Plague in India, 1896, 1897 - Volume 2
Year: 1896
Disease focus: Plague
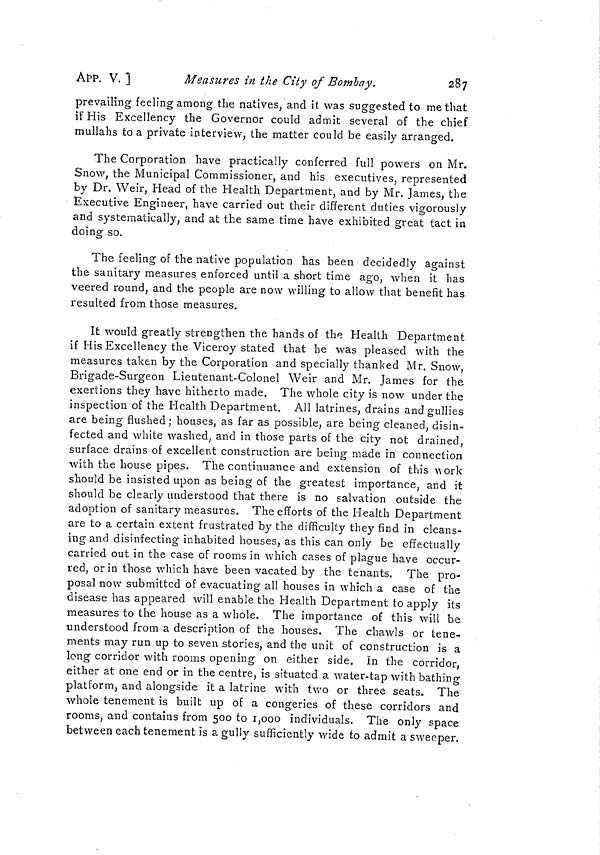
AfP. V. ]
Measures in the City of Bombay.
287
prevailing feeling among the natives, and it was suggested to me that
if His Excellency the Governor could admit several of the chief
mullahs toa private interview, the matter could be easily arranged.
The Corporation have practically conferred full powers on Mr.
Snow, the Municipal Commissioner, and his executives, represented
by Dr. Weir, Head of the Health Department, and by Mr. James, the
Executive Engineer, have carried out their different duties vigorously
and systematically, and at the same time have exhibited great tact in
doing so.
The feeling of the native population has been decidedly against
the sanitary measures enforced until a short time ago, when it has
veered round, and the people are now willing to allow that benefit has
resulted from those measures.
It would greatly strengthen the hands of the Health Department
if His Excellency the Viceroy stated that he was pleased with the
measures taken by the Corporation and specially thanked Mr. Snow,
Brigade-Surgeon Lieutenant-Colonel Weir and Mr. James for the
exertions they have hitherto made. The whole city is now under the
inspection of the Health Department. All latrines, drains and gullies
are being flushed ; houses, as far as possible, are being cleaned, disin-
fected and white washed, and in those parts of the city not drained,
surface drains of excellent construction are being made in connection
with the house pipes. The continuance and extension of this \\ork
should be insisted upon as being of the greatest importance, and it
should be clearly understood that there is no salvation outside the
adoption of sanitary measures. The efforts of the Health Department
are to a certain extent frustrated by the difficulty they find in cleans-
ing and disinfecting inhabited houses, as this can only be effectually
carried out in the case of rooms in which cases of plague have occur-
red, or in those which have been vacated by the tenants. The pro-
posal now submitted of evacuating all houses in which a case of the
disease has appeared will enable the Health Department to apply its
measures to the house as a whole. The importance of this will be
understood from a description of the houses. The chawls or tene-
ments may run up to seven stories, and the unit of construction is a
long corridor with rooms opening on either side, in the corridor,
either at one end or in the centre, is situated a water-tap with bathincr
platform, and alongside it a latrine with two or three seats. The
whole tenement is built up of a congeries of these corridors and
rooms, and contains from 500 to 1,000 individuals. The only space
between each tenement is a gully sufficiently wide to admit a sweeper.